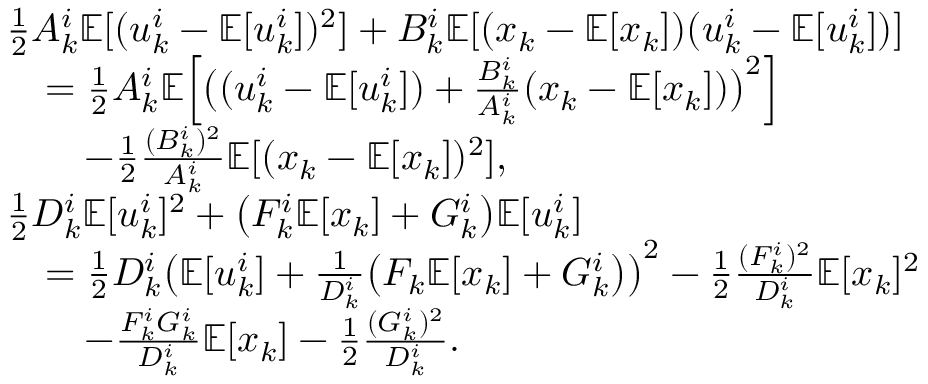
\begin{array} { r l } & { \frac { 1 } { 2 } A _ { k } ^ { i } \mathbb { E } [ ( u _ { k } ^ { i } - \mathbb { E } [ u _ { k } ^ { i } ] ) ^ { 2 } ] + B _ { k } ^ { i } \mathbb { E } [ ( x _ { k } - \mathbb { E } [ x _ { k } ] ) ( u _ { k } ^ { i } - \mathbb { E } [ u _ { k } ^ { i } ] ) ] } \\ & { \quad = \frac { 1 } { 2 } A _ { k } ^ { i } \mathbb { E } \Big [ \big ( ( u _ { k } ^ { i } - \mathbb { E } [ u _ { k } ^ { i } ] ) + \frac { B _ { k } ^ { i } } { A _ { k } ^ { i } } ( x _ { k } - \mathbb { E } [ x _ { k } ] ) \big ) ^ { 2 } \Big ] } \\ & { \quad \quad - \frac { 1 } { 2 } \frac { ( B _ { k } ^ { i } ) ^ { 2 } } { A _ { k } ^ { i } } \mathbb { E } [ ( x _ { k } - \mathbb { E } [ x _ { k } ] ) ^ { 2 } ] , } \\ & { \frac { 1 } { 2 } D _ { k } ^ { i } \mathbb { E } [ u _ { k } ^ { i } ] ^ { 2 } + \big ( F _ { k } ^ { i } \mathbb { E } [ x _ { k } ] + G _ { k } ^ { i } \big ) \mathbb { E } [ u _ { k } ^ { i } ] } \\ & { \quad = \frac { 1 } { 2 } D _ { k } ^ { i } \big ( \mathbb { E } [ u _ { k } ^ { i } ] + \frac { 1 } { D _ { k } ^ { i } } \big ( F _ { k } \mathbb { E } [ x _ { k } ] + G _ { k } ^ { i } \big ) \big ) ^ { 2 } - \frac { 1 } { 2 } \frac { ( F _ { k } ^ { i } ) ^ { 2 } } { D _ { k } ^ { i } } \mathbb { E } [ x _ { k } ] ^ { 2 } } \\ & { \quad \quad - \frac { F _ { k } ^ { i } G _ { k } ^ { i } } { D _ { k } ^ { i } } \mathbb { E } [ x _ { k } ] - \frac { 1 } { 2 } \frac { ( G _ { k } ^ { i } ) ^ { 2 } } { D _ { k } ^ { i } } . } \end{array}